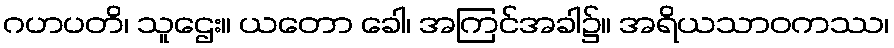
ဂဟပတိ၊ သူဌေး။ ယတော ခေါ၊ အကြင်အခါ၌။ အရိယသာဝကဿ၊